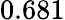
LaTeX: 0.681